Indian journal of veterinary science and animal husbandry - Volumes 22-23, 1952-1953
Year: 1952
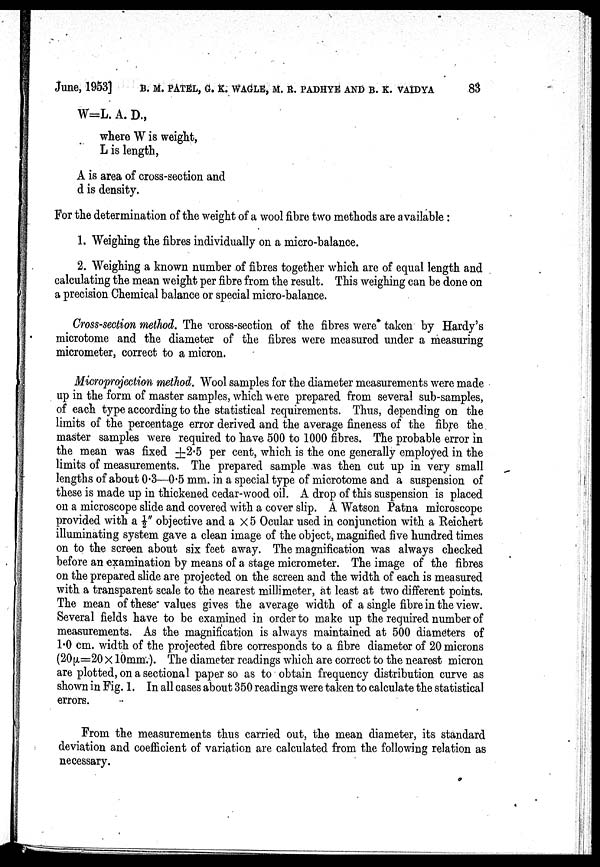
June, 1953] B. M. PATEL, G. K. WAGLE, M. R. PADHYE AND B. K. VAIDYA 83
W=L. A. D.,
where W is weight,
L is length,
A is area of cross-section and
d is density.
For the determination of the weight of a wool fibre two methods are available:
1. Weighing the fibres individually on a micro-balance.
2. Weighing a known number of fibres together which are of equal length and
calculating the mean weight per fibre from the result. This weighing can be done on
a precision Chemical balance or special micro-balance.
Cross-section method. The cross-section of the fibres were taken by Hardy's
microtome and the diameter of the fibres were measured under a measuring
micrometer, correct to a micron.
Microprojection method. Wool samples for the diameter measurements were made
up in the form of master samples, which were prepared from several sub-samples,
of each type according to the statistical requirements. Thus, depending on the
limits of the percentage error derived and the average fineness of the fibre the
master samples were required to have 500 to 1000 fibres. The probable error in
the mean was fixed ±2.5 per cent, which is the one generally employed in the
limits of measurements. The prepared sample was then cut up in very small
lengths of about 0.3—0.5 mm. in a special type of microtome and a suspension of
these is made up in thickened cedar-wood oil. A drop of this suspension is placed
on a microscope slide and covered with a cover slip. A Watson Patna microscope
provided with a ½" objective and a x 5 Ocular used in conjunction with a Reichert
illuminating system gave a clean image of the object, magnified five hundred times
on to the screen about six feet away. The magnification was always checked
before an examination by means of a stage micrometer. The image of the fibres
on the prepared slide are projected on the screen and the width of each is measured
with a transparent scale to the nearest millimeter, at least at two different points.
The mean of these" values gives the average width of a single fibre in the view.
Several fields have to be examined in order to make up the required number of
measurements. As the magnification is always maintained at 500 diameters of
1.0 cm. width of the projected fibre corresponds to a fibre diameter of 20 microns
(20µ=20 x 10mm.). The diameter readings which are correct to the nearest micron
are plotted, on a sectional paper so as to obtain frequency distribution curve as
shown in Fig. 1. In all cases about 350 readings were taken to calculate the statistical
errors.
From the measurements thus carried out, the mean diameter, its standard
deviation and coefficient of variation are calculated from the following relation as
necessary.